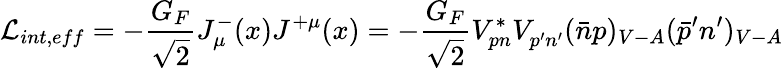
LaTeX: {\cal L}_{int,eff}=-{\frac{G_{F}}{\sqrt{2}}}J_{\mu}^{-}(x)J^{+\mu}(x)=-{\frac{G_{F}}{\sqrt{2}}}V_{pn}^{*}V_{p^{\prime}n^{\prime}}^{}(\bar{n}p)_{V-A}(\bar{p}^{\prime}n^{\prime})_{V-A}